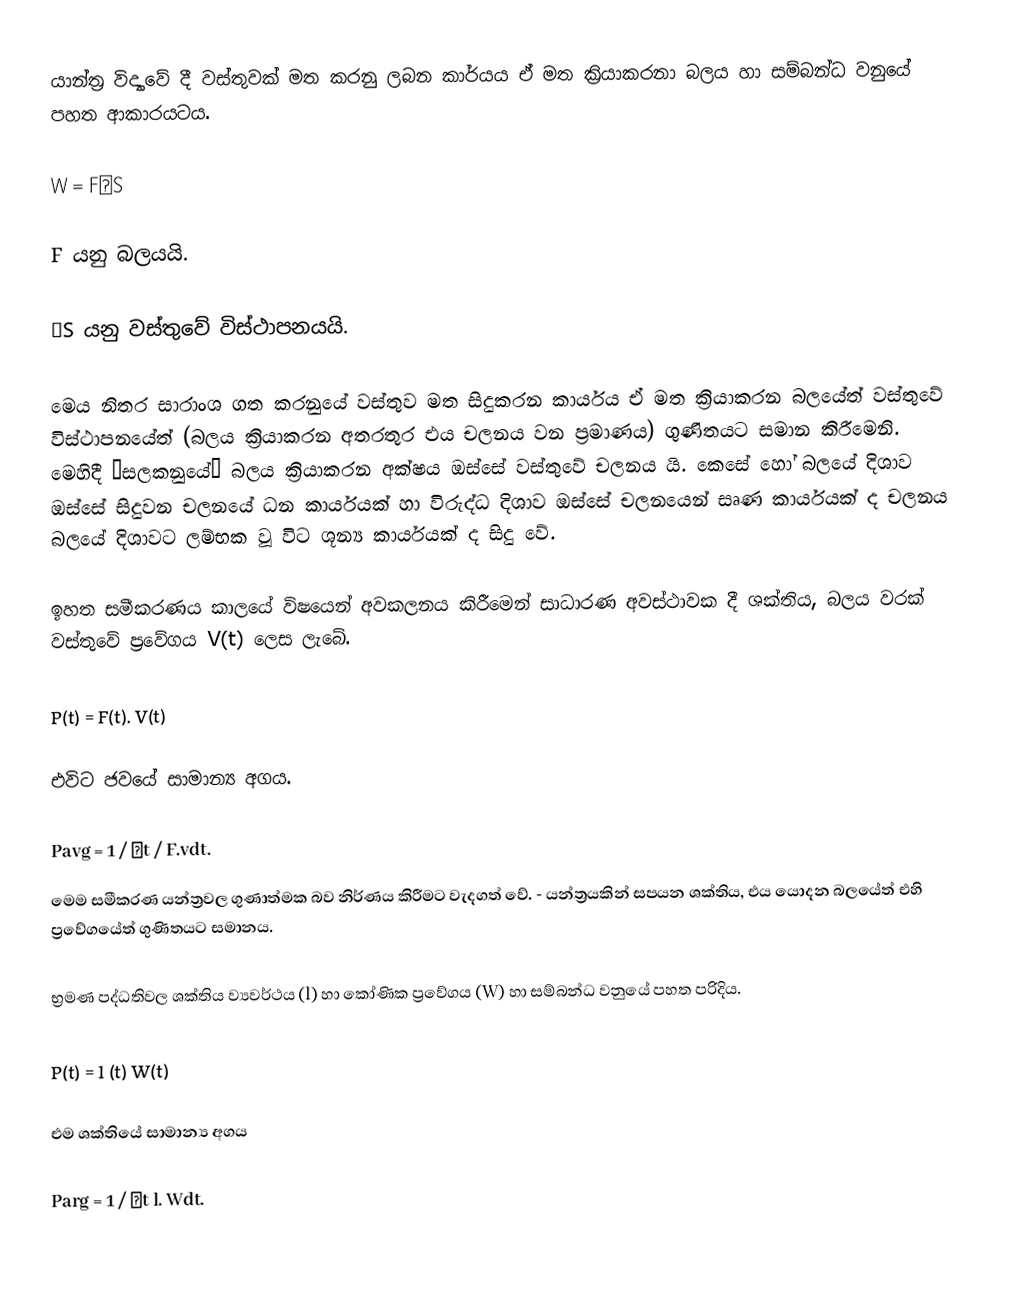
යාන්ත්‍ර විද්‍යාවේ දී වස්තුවක් මත කරනු ලබන කාර්යය ඒ මත ක්‍රියාකරනා බලය හා සම්බන්ධ වනුයේ පහත ආකාරයටය.

W = FΔS

F යනු බලයයි.

ΔS යනු වස්තුවේ විස්ථාපනයයි.

මෙය නිතර සාරාංශ ගත කරනුයේ වස්තුව මත සිදුකරන කාර්යය ඒ මත ක්‍රියාකරන බලයේත් වස්තුවේ විස්ථාපනයේත් (බලය ක්‍රියාකරන අතරතුර එය චලනය වන ප්‍රමාණය) ගුණිතයට සමාන කිරීමෙනි. මෙහිදී “සලකනුයේ” බලය ක්‍රියාකරන අක්ෂය ඔස්සේ වස්තුවේ චලනය යි. කෙසේ හෝ බලයේ දිශා‍ව ඔස්සේ සිදුවන චලනයේ ධන කාර්යයක් හා විරුද්ධ දිශාව ඔස්සේ චලනයෙන් සෘණ කාර්යයක් ද චලනය බලයේ දිශාවට ලම්භක වූ විට ශූන්‍ය කාර්යයක් ද සිදු වේ.

ඉහත සමීකරණය කාලයේ විෂයෙන් අවකලනය කිරීමෙන් සාධාරණ අවස්ථාවක දී ශක්තිය, බලය වරක් වස්තුවේ ප්‍රවේගය V(t) ලෙස ලැබේ.

P(t) = F(t). V(t)

එවිට ජවයේ සාමාන්‍ය අගය.

Pavg = 1 / Δt /  F.vdt.
මෙම සමීකරණ යන්ත්‍රවල ගුණාත්මක බව නිර්ණය කිරීමට වැදගත් වේ. - යන්ත්‍රයකින් සපයන ශක්තිය, එය යොදන බලයේත් එහි ප්‍රවේගයේත් ගුණිතයට සමානය.

භ්‍රමණ පද්ධතිවල ශක්තිය ව්‍යවර්ථය (l) හා කෝණික ප්‍රවේගය (W) හා සම්බන්ධ වනුයේ පහත පරිදිය.

P(t) = l (t) W(t)

එම  ශක්තියේ සාමාන්‍ය අගය

Parg = 1 / Δt  l.  Wdt.